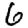
Digit: 6